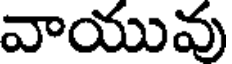
వాయువు